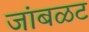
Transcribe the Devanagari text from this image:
जांबळट